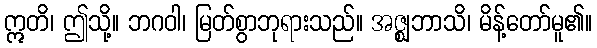
ဣတိ၊ ဤသို့။ ဘဂဝါ၊ မြတ်စွာဘုရားသည်။ အဇ္ဈဘာသိ၊ မိန့်တော်မူ၏။